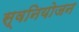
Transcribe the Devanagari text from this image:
स्वनियोजन